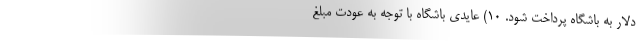
دلار به باشگاه پرداخت شود. ۱۰) عایدی باشگاه با توجه به عودت مبلغ